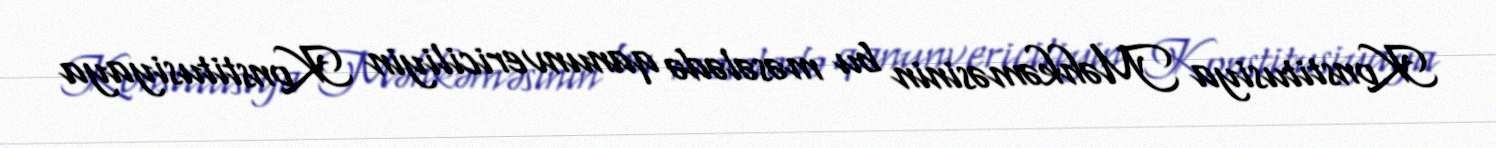
Konstitusiya Məhkəməsinin bu məsələdə qanunvericiliyin Konstitusiyaya